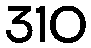
310